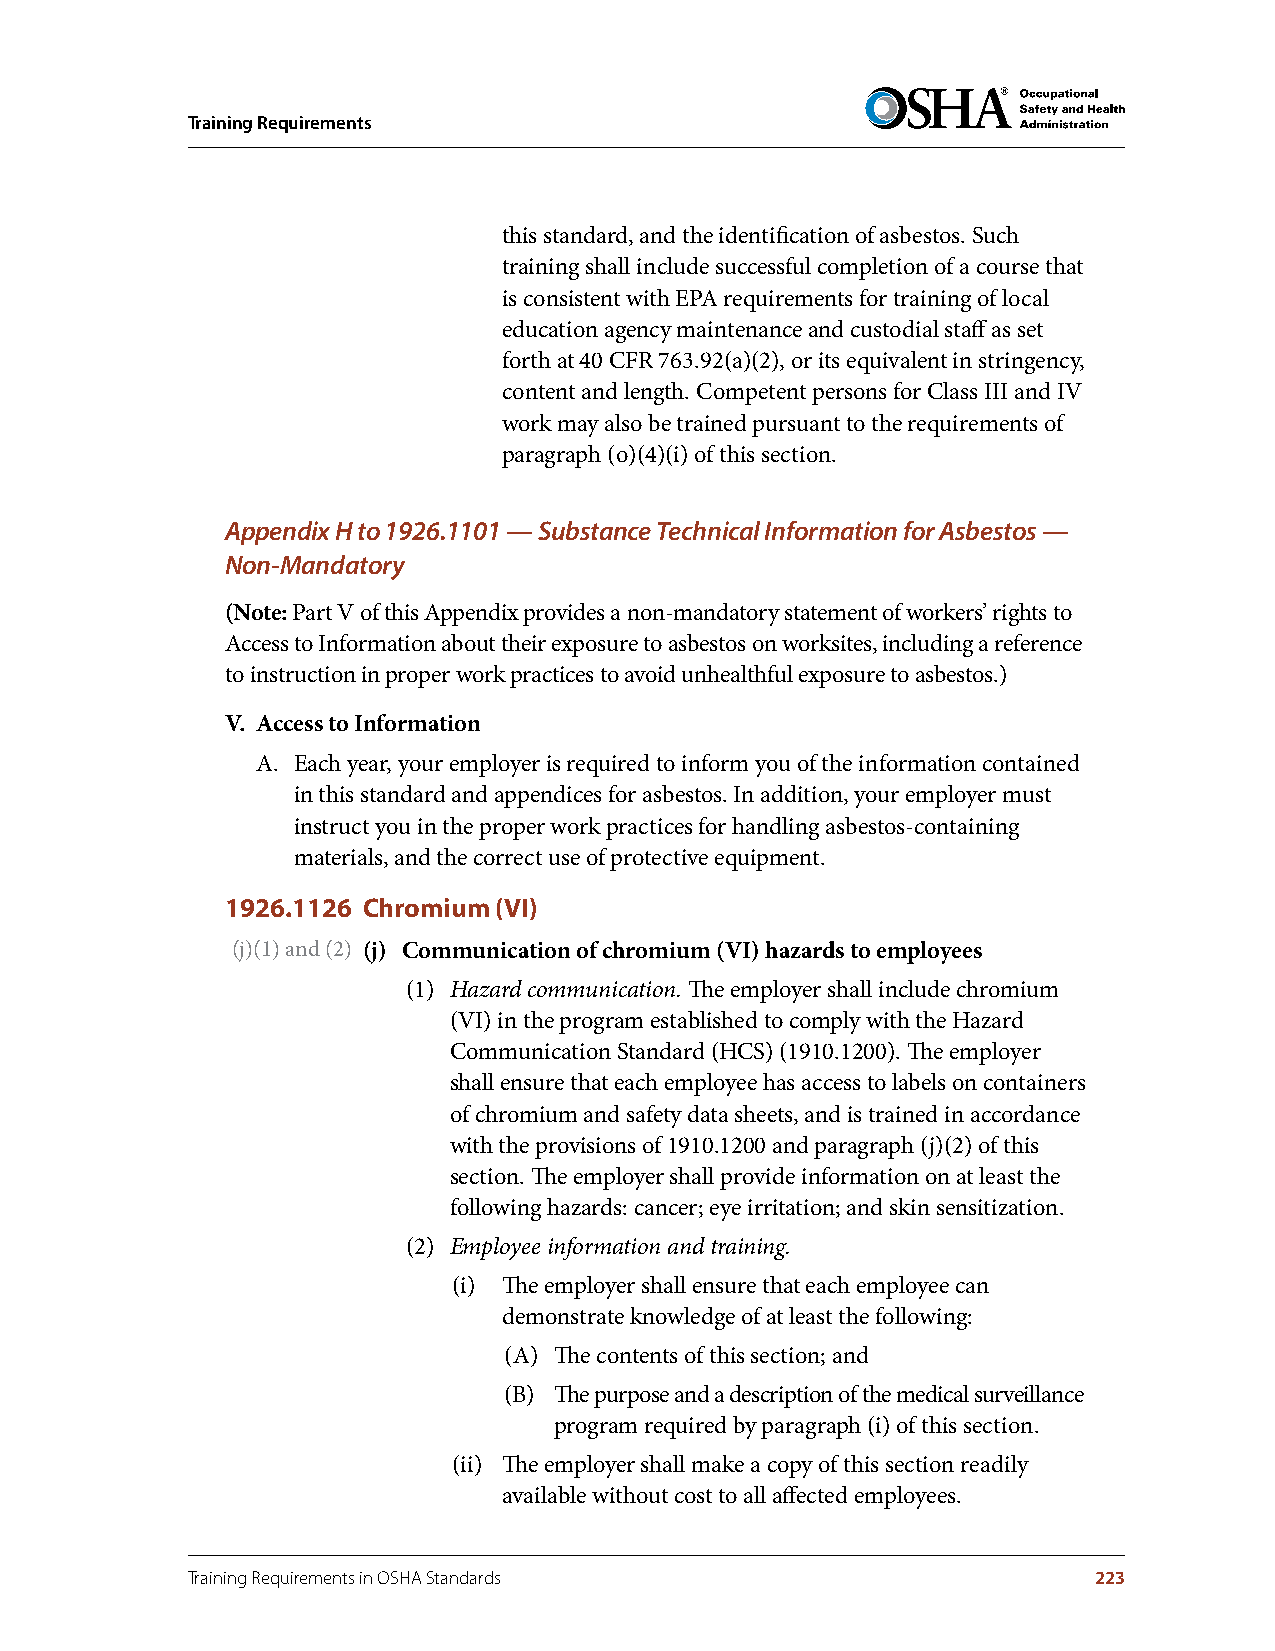
Training Requirements
 this standard, and the identification of asbestos. Such
 training shall include successful completion of a course that
 is consistent with EPA requirements for training of local
 education agency maintenance and custodial staff as set
 forth at 40 CFR 763.92(a)(2), or its equivalent in stringency,
 content and length. Competent persons for Class III and IV
 work may also be trained pursuant to the requirements of
 paragraph (o)(4)(i) of this section.
 Appendix H to 1926.1101 — Substance Technical Information for Asbestos —
 Non-Mandatory
 (Note: Part V of this Appendix provides a non-mandatory statement of workers’ rights to
 Access to Information about their exposure to asbestos on worksites, including a reference
 to instruction in proper work practices to avoid unhealthful exposure to asbestos.)
 V . Access to Information
 A. Each year, your employer is required to inform you of the information contained
 in this standard and appendices for asbestos. In addition, your employer must
 instruct you in the proper work practices for handling asbestos-containing
 materials, and the correct use of protective equipment.
 1926.1126 Chromium (VI)
 (j)(1) and (2) (j) Communication of chromium (VI) hazards to employees
 (1) Hazard communication. The employer shall include chromium
 (VI) in the program established to comply with the Hazard
 Communication Standard (HCS) (1910.1200). The employer
 shall ensure that each employee has access to labels on containers
 of chromium and safety data sheets, and is trained in accordance
 with the provisions of 1910.1200 and paragraph (j)(2) of this
 section. The employer shall provide information on at least the
 following hazards: cancer; eye irritation; and skin sensitization.
 (2) Employee information and training.
 (i) The employer shall ensure that each employee can
 demonstrate knowledge of at least the following:
 (A) The contents of this section; and
 (B) The purpose and a description of the medical surveillance
 program required by paragraph (i) of this section.
 (ii) The employer shall make a copy of this section readily
 available without cost to all affected employees.
 Training Requirements in OSHA Standards                     223